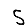
Digit: 5